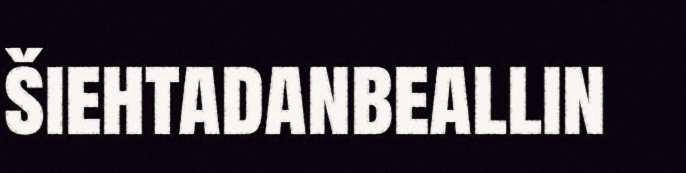
šiehtadanbeallin